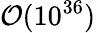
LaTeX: {\cal O}(10^{36})